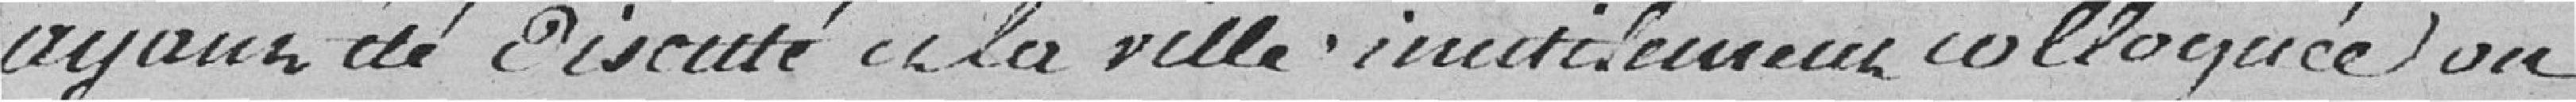
ayant été discuté de la ville inutilement colloquée une